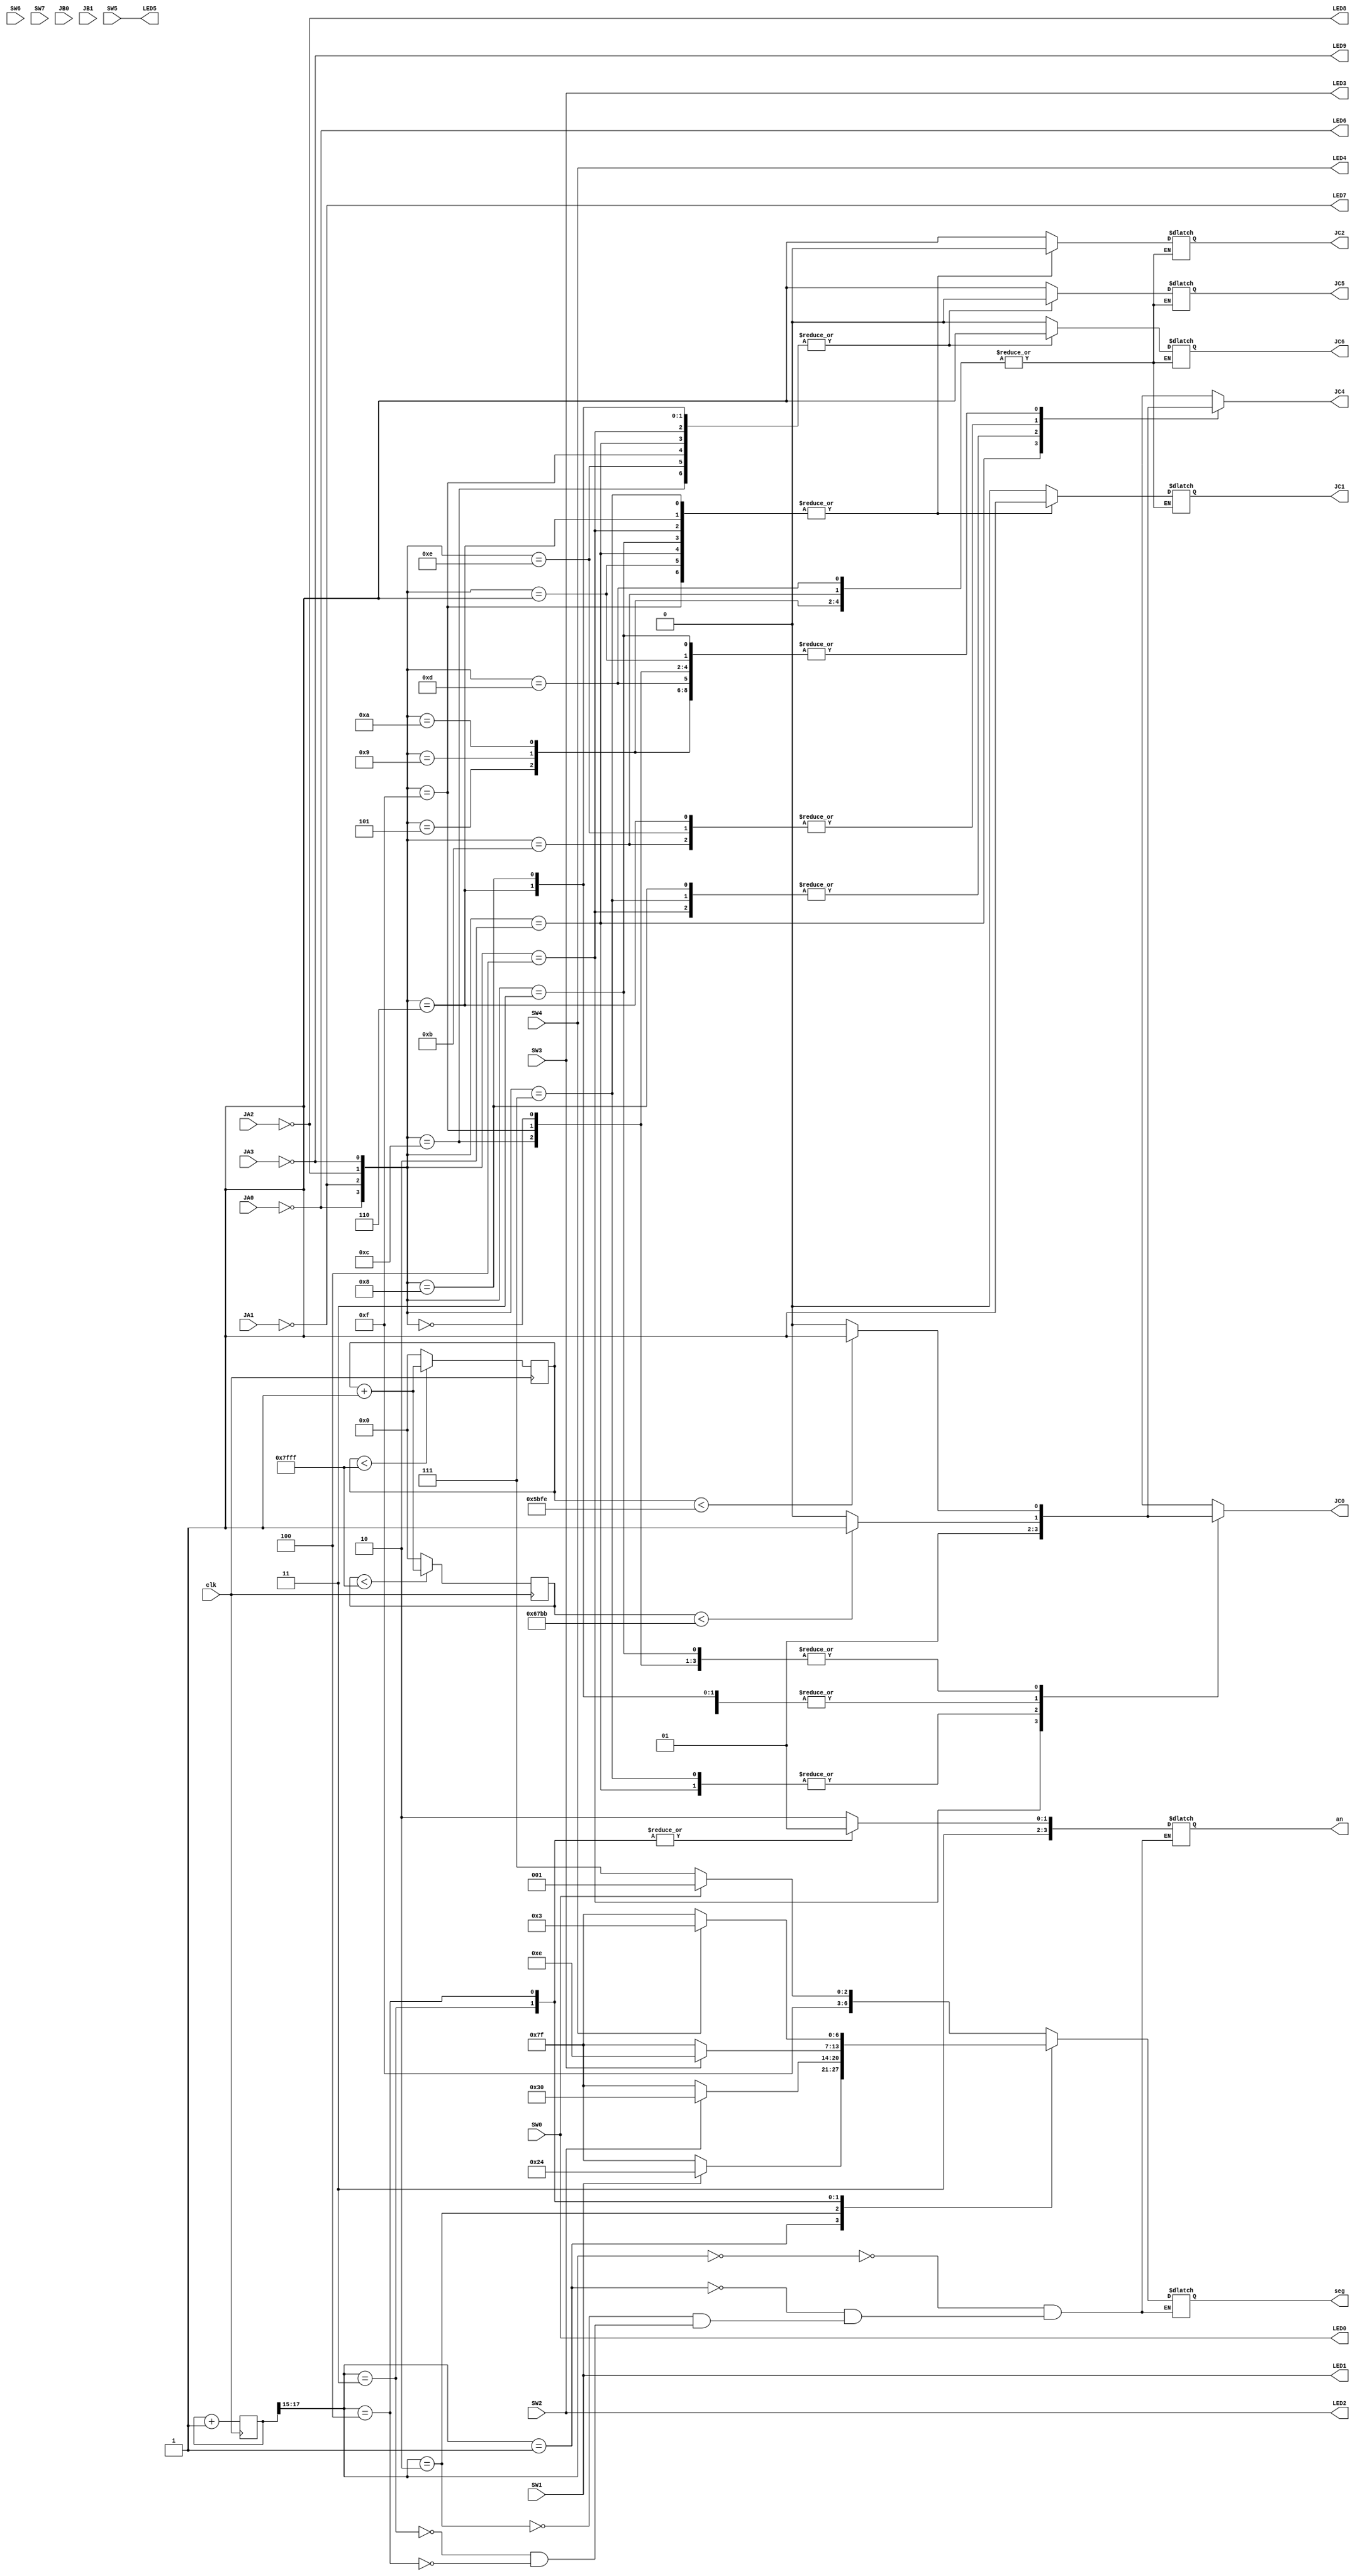
//timescale - DONT CHANGE!!!!
`timescale 1ns / 1ps

//initialize all needed inputs and outputs so far - subject to change
//using switches 0-7
//using LEDS 0-7
//using JMOD A for IPS input
//using JMOD B for comparator input (still in testing, we'll finish it later)
//using JMOD C for all H-Bridge outputs
//I haven't figured out how to declare these as arrays - don't judge me
module HELPv2
(
            input clk,
            input SW0,
            input SW1,
            input SW2,
            input SW3,
            input SW4,
            input SW5,
            input SW6,
            input SW7,
            output LED0,
            output LED1,
            output LED2,
            output LED3,
            output LED4,
            output LED5,
            output LED6,
            output LED7,
            output LED8,
            output LED9,
            input JA0,
            input JA1,
            input JA2,
            input JA3,
            input JB0,
            input JB1,
            output JC0,
            output JC1,
            output JC2,
            output JC4,
            output JC5,
            output JC6,
            output reg [3:0] an,      // 4 Digits on Basys 3 Board
            output reg [6:0] seg    // 7 Segment Display 
 );
 
//Whole bunch of assignments, primarily used to assign LEDS to stuff
//Assigning a port to an LED is like, the easiest way to test a JMOD port
assign LED0 = SW0;
assign LED1 = SW1;
assign LED2 = SW2;
assign LED3 = SW3;
assign LED4 = SW4;
assign LED5 = SW5;

//H-bridge outputs tied to switches
//assign JC1 = SW3;
//assign JC2 = SW4;
//assign JC5 = SW4;
//assign JC6 = SW3;

//LEDs to test IPS functionality
assign LED6 = ~JA0;
assign LED7 = ~JA1;
assign LED8 = ~JA2;
assign LED9 = ~JA3;


 //USED FOR 7-seg, DON'T CHANGE!!!!!!!!
 //Use the 2 MSBs of 19-bit counter to create 190 Hz frequency refresh
 reg [18:0] count;
 always @ (posedge clk)
      count = count + 1;
 // This wire is driven by the 3 MSBs of the counter. We'll use it to
 // refresh the display.
 wire [2:0] refresh;
 assign refresh = count[18:15];


//7-Segment bullshit. Literally just collapse this and ignore it.
//This shit needs to be overhauled for the main project... we'll get to it
//DO NOT CHANGE UNLESS YOU ARE 100% CERTAIN WHAT YOU ARE DOING
//EVEN THEN, CONSULT ME (PAUL) BEFORE CHANGING!!!!!!!!
always @ (*) 
case (refresh) 
           3'b000:
                begin
                    case(SW0)
                        1'b1:
                            begin
                            an = 4'b1110;
                            seg = 7'b1111001;
                            end
                            default:
                            begin
                            an = 4'b1110;
                            seg = 7'b1111111;
                            end 
                    endcase       
                end
           3'b001:
                begin
                    case(SW1)
                        1'b1:
                            begin
                            an = 4'b1110;
                            seg = 7'b0100100;
                            end
                            default:
                            begin
                            an = 4'b1110;
                            seg = 7'b1111111;
                            end          
                    endcase       
                end
           3'b010:
                begin
                    case(SW2)
                        1'b1:
                            begin
                            an = 4'b1110;
                            seg = 7'b0110000;
                            end
                        default:
                            begin
                            an = 4'b1110;
                            seg = 7'b1111111;
                            end      
                    endcase       
                end
           3'b011:
                    begin
                        case(SW3) //F for forwards default, flip switch to go back
                        1'b1:
                            begin
                            an = 4'b1101;
                            seg = 7'b0001110;
                            end
                        default:
                            begin
                            an = 4'b1101;
                            seg = 7'b1111111;
                            end  
                      endcase   
                    end 
           3'b100:
                    begin
                        case(SW4) //F for forwards default, flip switch to go back
                        1'b1:
                            begin
                            an = 4'b1101;
                            seg = 7'b0000011;
                            end
                        default:
                            begin
                            an = 4'b1101;
                            seg = 7'b1111111;
                            end
                       endcase
                    end
endcase


//15 bit register to count through for PWM
reg [15:0] speedcounter1;
always @ (posedge clk)
    begin
         //count until 32767, once you hit 32767 go back to 0
         if (speedcounter1 < 32767) 
            speedcounter1 <= speedcounter1 + 1;
         else 
            speedcounter1 <= 0;  
    end

//Another 15 bit register to count through for PWM
//We actually don't REALLY need this one, but don't delete it
reg [15:0] speedcounter2;
always @ (posedge clk)
    begin
         //count until 32767, once you hit 32767 go back to 0
         if (speedcounter2 < 32767) 
            speedcounter2 <= speedcounter1 + 1;
         else 
            speedcounter2 <= 0;  
    end

//Wire SP1C is 1 when the speedcounter1 < 23550, and 0 when speedcounter1 > 23550
//This creates a 61% duty cycle, creating speed 1.    
wire SP1C;
    assign SP1C = (speedcounter1 < 23550) ? 1:0;
    
//Old code for intro project - ignore  
//Then AND the PWM with SW0 
//wire SP1E;
//    and(SP1E, SP1C, SW0);

//Wire SP2C is 1 when the speedcounter1 < 26550, and 0 when speedcounter1 > 26550
//This creates a 71% duty cycle, creating speed 2.
wire SP2C;
    assign SP2C = (speedcounter2 < 26555) ? 1:0;
    
//Old code for intro project - ignore    
//Then AND the PWM with SW1 
//wire SP2E;
//    and(SP2E, SP2C, SW1);

//Old code for intro project - ignore
//Wire SP3C is just switch 2, no duty cycle  
//wire SP3E;
    //assign SP3E = SW2;

//This was for overcurrent protection but we never got that shit working  
//reg [30:0] speedcounter3;
//always @ (posedge clk)
//    begin
//         if (speedcounter3 < 1073741842) 
//         speedcounter3 <= speedcounter3 + 1;
//         else speedcounter3 <= 0;  
//    end
//wire stop;
//assign stop = (speedcounter3 < 1073741839) ? 1:0;
//reg JB0_last;
//always @ (posedge stop)
//JB0_last = ~JB0;

    
//4 bit register, each ips controlls 1 bit
reg [3:0] IPSDetection;
always @ (*)
	begin
	    //left outer sensor
	    IPSDetection[3] = ~JA0;
	    //left inner sensor
	    IPSDetection[2] = ~JA1;
	    //right inner sensor 
		IPSDetection[1] = ~JA2;
		//right outer sensor
		IPSDetection[0] = ~JA3;

	end

//register to control each side's motor speed
reg [1:0] MotorSides;
//Left side
assign JC0 = MotorSides[1]; 
//Right side
assign JC4 = MotorSides[0]; 

reg [3:0] MotorPolarity = 4'b0000;
assign JC6 = MotorPolarity[0]; //right side forward
assign JC5 = MotorPolarity[1]; //right side backward
assign JC1 = MotorPolarity[2]; //left side forward
assign JC2 = MotorPolarity[3]; //left side backward

//Motor movement patterns
//I'm not sommenting on all this shit
always @ (*)
    begin
        case(IPSDetection)
            4'b0000: 
                begin
                    MotorSides[1] = SP1C;
                    MotorSides[0] = SP1C;
                    MotorPolarity[2] = 0;
                    MotorPolarity[0] = 0;
                    MotorPolarity[1] = 1;
                    MotorPolarity[3] = 1;
                end
            4'b0001: 
                begin
                    MotorSides[1] = SP2C;
                    MotorSides[0] = SP1C;
                    MotorPolarity[2] = 1;
                    MotorPolarity[0] = 0;
                    MotorPolarity[1] = 1;
                    MotorPolarity[3] = 0;
                end
            4'b0010: 
                begin
                    MotorSides[1] = 1;
                    MotorSides[0] = 0;
                    MotorPolarity[2] = 1;
                    MotorPolarity[0] = 1;
                    MotorPolarity[1] = 0;
                    MotorPolarity[3] = 0;
                end
            4'b0011: 
                begin
                    MotorSides[1] = SP1C;
                    MotorSides[0] = SP1C;
                    MotorPolarity[2] = 1;
                    MotorPolarity[0] = 0;
                    MotorPolarity[1] = 1;
                    MotorPolarity[3] = 0;
                end
            4'b0100: 
                begin
                    MotorSides[1] = 0;
                    MotorSides[0] = 1;
                    MotorPolarity[2] = 1;
                    MotorPolarity[0] = 1;
                    MotorPolarity[1] = 0;
                    MotorPolarity[3] = 0;
                end
            4'b0101: 
                begin
                    MotorSides[1] = SP1C;
                    MotorSides[0] = SP1C;
                end
            4'b0110: 
                begin
                    MotorSides[1] = SP2C;
                    MotorSides[0] = SP2C;
                    MotorPolarity[2] = 1;
                    MotorPolarity[0] = 1;
                    MotorPolarity[1] = 0;
                    MotorPolarity[3] = 0;
                end
            4'b0111: 
                begin
                    MotorSides[1] = 1;
                    MotorSides[0] = 1;
                    MotorPolarity[1] = 1;
                    MotorPolarity[2] = 1;
                    MotorPolarity[0] = 0;
                    MotorPolarity[3] = 0;
                end
            4'b1000: 
                begin
                    MotorSides[1] = SP2C;
                    MotorSides[0] = 1;
                    MotorPolarity[2] = 0;
                    MotorPolarity[0] = 1;
                    MotorPolarity[1] = 0;
                    MotorPolarity[3] = 1;
                end
            4'b1001: 
                begin
                    MotorSides[1] = SP1C;
                    MotorSides[0] = SP1C;
                end
            4'b1010: 
                begin
                    MotorSides[1] = SP1C;
                    MotorSides[0] = SP1C;
                end
            4'b1011: 
                begin
                    MotorSides[1] = SP1C;
                    MotorSides[0] = SP2C;
                end
            4'b1100: 
                begin
                    MotorSides[1] = SP1C;
                    MotorSides[0] = SP1C;
                    MotorPolarity[2] = 0;
                    MotorPolarity[0] = 1;
                    MotorPolarity[1] = 0;
                    MotorPolarity[3] = 1;
                end
            4'b1101: 
                begin
                    MotorSides[1] = SP2C;
                    MotorSides[0] = SP1C;
                end
            4'b1110: 
                begin
                    MotorSides[1] = SP2C;
                    MotorSides[0] = SP2C;
                    MotorPolarity[0] = 1;
                    MotorPolarity[3] = 1;
                    MotorPolarity[1] = 0;
                    MotorPolarity[2] = 0;
                end
            4'b1111: 
                begin
                    MotorSides[1] = SP1C;
                    MotorSides[0] = SP1C;
                    MotorPolarity[2] = 1;
                    MotorPolarity[0] = 1;
                    MotorPolarity[1] = 0;
                    MotorPolarity[3] = 0;
                end  
        endcase
    end

//End of module - hooray!!!
//There's a way to use multiple modules in one file, but my ass hasn't figured it out yet
endmodule